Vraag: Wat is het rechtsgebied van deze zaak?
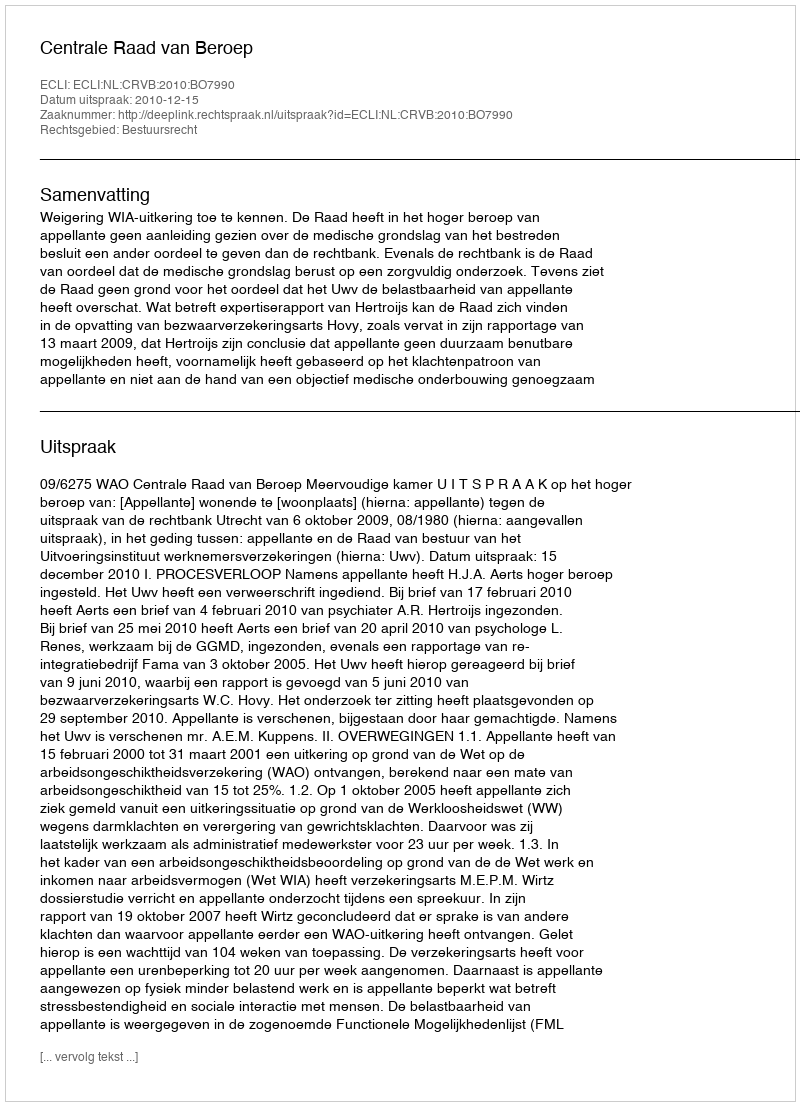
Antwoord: Bestuursrecht